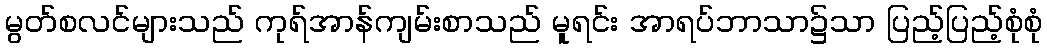
မွတ်စလင်များသည် ကုရ်အာန်ကျမ်းစာသည် မူရင်း အာရပ်ဘာသာ၌သာ ပြည့်ပြည့်စုံစုံ